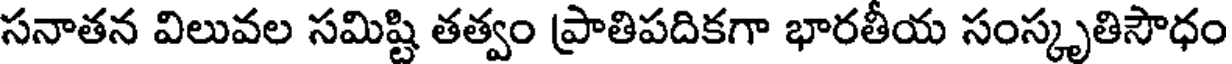
సనాతన విలువల సమిష్టి తత్వం ప్రాతిపదికగా భారతీయ సంస్కృతిసౌధం